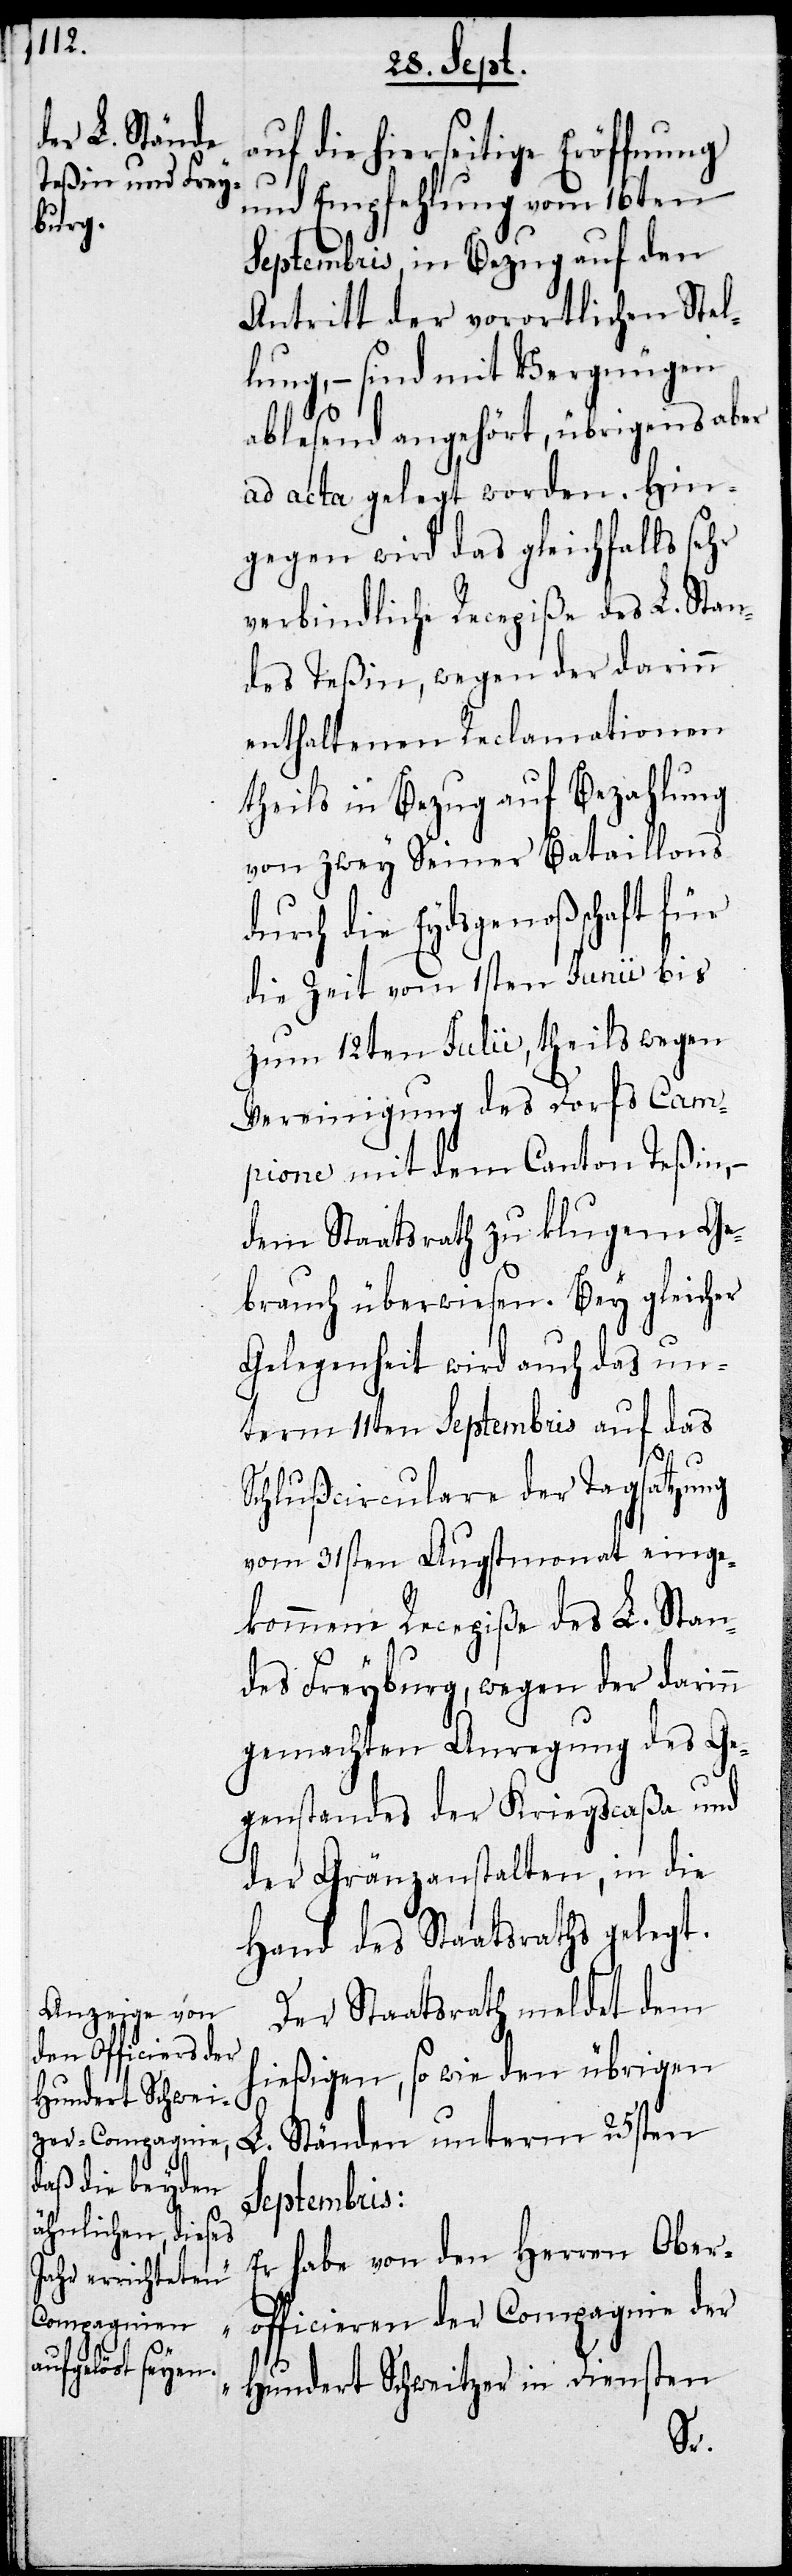
auf die hierseitige Eröffnung
und Empfehlung vom 16ten
Septembris in Bezug auf den
Antritt der vorortlichen Stel¬
lung, – sind mit Vergnügen
ablesend angehört, übrigens aber
ad acta gelegt worden. Hin¬
gegen wird das gleichfalls sehr
verbindliche Recepiße des L. Stan¬
des Teßin, wegen der darinn
enthaltenen Reclamation
theils in Bezug auf Bezahlung
von zwey seiner Bataillons
durch die Eydsgenoßenschaft für
die Zeit vom 1sten Junii bis
zum 12ten Julii, theils wegen
Vereinigung des Dorfs Cam¬
pione mit dem Canton Teßin, –
dem Staatsrath zu klugem Ge¬
brauch überwiesen. Bey gleicher
Gelegenheit wird auch das un¬
term 11ten Septembris auf das
Schlußcirculare der Tagsatzung
vom 31sten Augstmonat einge¬
kommenen Recepiße des L. Stan¬
des Freyburg, wegen der darinn
gemachten Anregungen des Ge¬
genstandes der Kriegscaßa und
der Gränzanstalten, in die
Hand des Staatsraths gelegt.
Der Staatsrath meldet dem
hießigen, so wie den übrigen
L. Ständen unterm 25sten
Septembris:
habe von den Herren Ober¬
officieren der Compagnie der
Hundert Schweitzer in Diensten